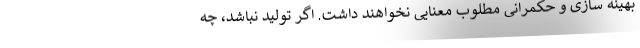
بهینه سازی و حکمرانی مطلوب معنایی نخواهند داشت. اگر تولید نباشد، چه